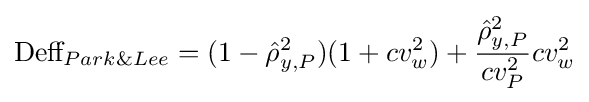
{\text{Deff}}_{Park\&Lee}=(1-{\hat {\rho }}_{y,P}^{2})(1+cv_{w}^{2})+{\frac {{\hat {\rho }}_{y,P}^{2}}{cv_{P}^{2}}}cv_{w}^{2}